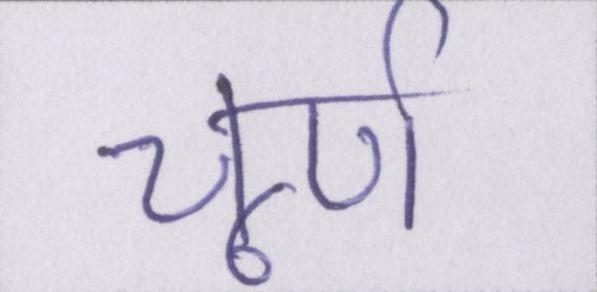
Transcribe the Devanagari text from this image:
चूर्ण।